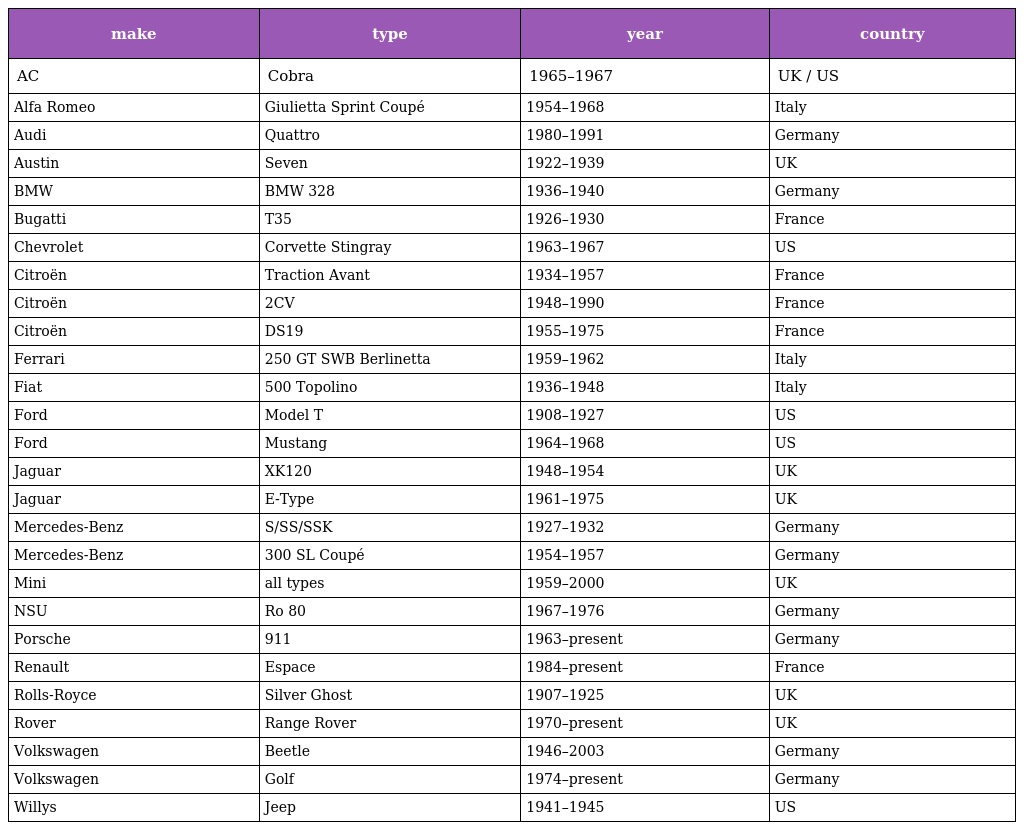
| make | type | year | country |
 | --- | --- | --- | --- |
 | AC | Cobra | 1965–1967 | UK / US |
 | Alfa Romeo | Giulietta Sprint Coupé | 1954–1968 | Italy |
 | Audi | Quattro | 1980–1991 | Germany |
 | Austin | Seven | 1922–1939 | UK |
 | BMW | BMW 328 | 1936–1940 | Germany |
 | Bugatti | T35 | 1926–1930 | France |
 | Chevrolet | Corvette Stingray | 1963–1967 | US |
 | Citroën | Traction Avant | 1934–1957 | France |
 | Citroën | 2CV | 1948–1990 | France |
 | Citroën | DS19 | 1955–1975 | France |
 | Ferrari | 250 GT SWB Berlinetta | 1959–1962 | Italy |
 | Fiat | 500 Topolino | 1936–1948 | Italy |
 | Ford | Model T | 1908–1927 | US |
 | Ford | Mustang | 1964–1968 | US |
 | Jaguar | XK120 | 1948–1954 | UK |
 | Jaguar | E-Type | 1961–1975 | UK |
 | Mercedes-Benz | S/SS/SSK | 1927–1932 | Germany |
 | Mercedes-Benz | 300 SL Coupé | 1954–1957 | Germany |
 | Mini | all types | 1959–2000 | UK |
 | NSU | Ro 80 | 1967–1976 | Germany |
 | Porsche | 911 | 1963–present | Germany |
 | Renault | Espace | 1984–present | France |
 | Rolls-Royce | Silver Ghost | 1907–1925 | UK |
 | Rover | Range Rover | 1970–present | UK |
 | Volkswagen | Beetle | 1946–2003 | Germany |
 | Volkswagen | Golf | 1974–present | Germany |
 | Willys | Jeep | 1941–1945 | US |